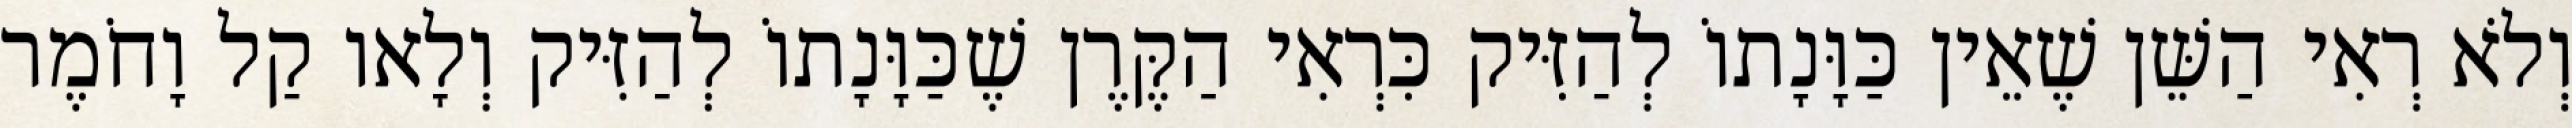
וְלֹא רְאִי הַשֵּׁן שֶׁאֵין כַּוָּנָתוֹ לְהַזִּיק כִּרְאִי הַקֶּרֶן שֶׁכַּוָּנָתוֹ לְהַזִּיק וְלָאו קַל וָחֹמֶר